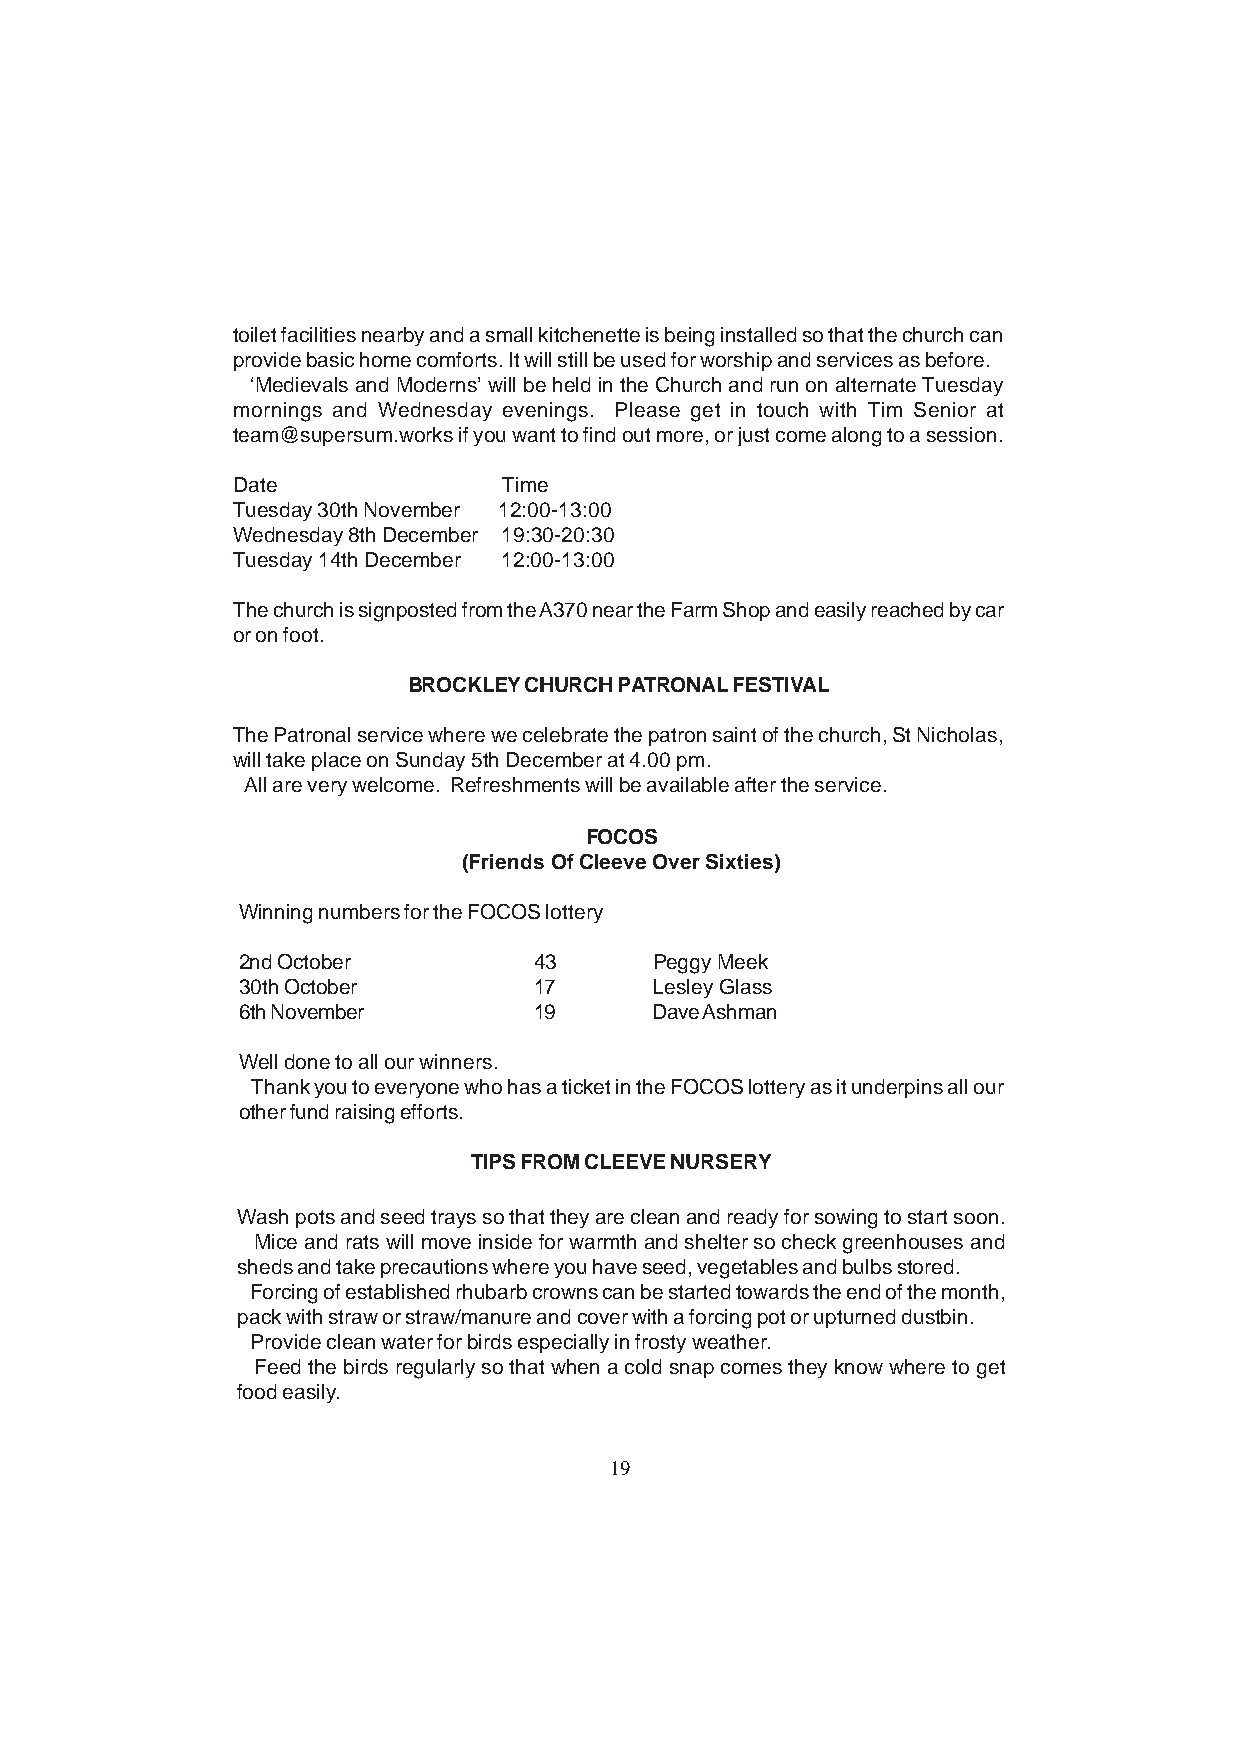
toilet facilities nearby and a small kitchenette is being installed so that the church can
 provide basic home comforts. It will still be used for worship and services as before.
 ‘Medievals and Moderns’ will be held in the Church and run on alternate Tuesday
 mornings and Wednesday evenings. Please get in touch with Tim Senior at
 team@supersum.works if you want to find out more, or just come along to a session.
 Date              Time
 Tuesday 30th November 12:00-13:00
 Wednesday 8th December 19:30-20:30
 Tuesday 14th December 12:00-13:00
 The church is signposted from the A370 near the Farm Shop and easily reached by car
 or on foot.
 BROCKLEY CHURCH PATRONAL FESTIVAL
 The Patronal service where we celebrate the patron saint of the church, St Nicholas,
 will take place on Sunday 5th December at 4.00 pm.
 All are very welcome. Refreshments will be available after the service.
 FOCOS
 (Friends Of Cleeve Over Sixties)
 Winning numbers for the FOCOS lottery
 2nd October        43      Peggy Meek
 30th October       17      Lesley Glass
 6th November       19      Dave Ashman
 Well done to all our winners.
 Thank you to everyone who has a ticket in the FOCOS lottery as it underpins all our
 other fund raising efforts.
 TIPS FROM CLEEVE NURSERY
 Wash pots and seed trays so that they are clean and ready for sowing to start soon.
 Mice and rats will move inside for warmth and shelter so check greenhouses and
 sheds and take precautions where you have seed, vegetables and bulbs stored.
 Forcing of established rhubarb crowns can be started towards the end of the month,
 pack with straw or straw/manure and cover with a forcing pot or upturned dustbin.
 Provide clean water for birds especially in frosty weather.
 Feed the birds regularly so that when a cold snap comes they know where to get
 food easily.
 19